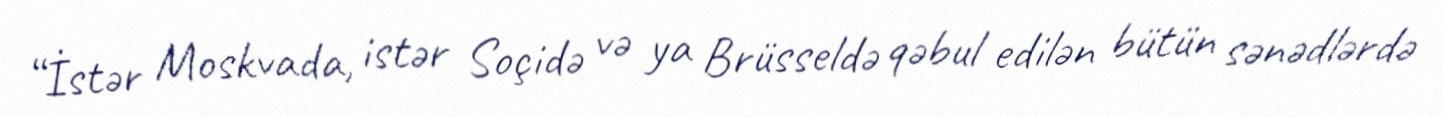
“İstər Moskvada, istər Soçidə və ya Brüsseldə qəbul edilən bütün sənədlərdə